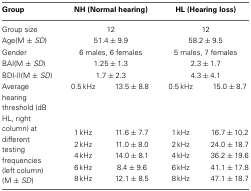
<table><thead><tr><td><b>Group</b></td><td colspan="2"><b>NH (Normal hearing)</b></td><td colspan="2"><b>HL (Hearing loss)</b></td></tr></thead><tbody><tr><td>Group size</td><td colspan="2">12</td><td colspan="2">12</td></tr><tr><td>Age(M ± <i>SD</i>)</td><td colspan="2">51.4 ± 9.9</td><td colspan="2">58.2 ± 9.5</td></tr><tr><td>Gender</td><td colspan="2">6 males, 6 females</td><td colspan="2">5 males, 7 females</td></tr><tr><td>BAI(M ± <i>SD</i>)</td><td colspan="2">1.25 ± 1.3</td><td colspan="2">2.3 ± 1.7</td></tr><tr><td>BDI-II(M ± <i>SD</i>)</td><td colspan="2">1.7 ± 2.3</td><td colspan="2">4.3 ± 4.1</td></tr><tr><td rowspan="6">Average hearing threshold (dB HL, right column) at different testing frequencies (left column) (M ± <i>SD</i>)</td><td>0.5 kHz</td><td>13.5 ± 8.8</td><td>0.5 kHz</td><td>15.0 ± 8.7</td></tr><tr><td>1 kHz</td><td>11.6 ± 7.7</td><td>1 kHz</td><td>16.7 ± 10.2</td></tr><tr><td>2 kHz</td><td>11.0 ± 8.0</td><td>2 kHz</td><td>24.0 ± 18.7</td></tr><tr><td>4 kHz</td><td>14.0 ± 8.1</td><td>4 kHz</td><td>36.2 ± 19.6</td></tr><tr><td>6 kHz</td><td>8.4 ± 9.6</td><td>6 kHz</td><td>41.1 ± 17.8</td></tr><tr><td>8 kHz</td><td>12.1 ± 8.5</td><td>8 kHz</td><td>47.1 ± 18.7</td></tr></tbody></table>